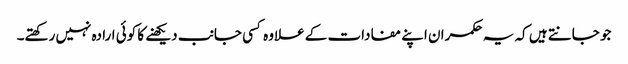
جو جانتے ہیں کہ یہ حکمران اپنے مفادات کے علاوہ کسی جانب دیکھنے کا کوئی ارادہ نہیں رکھتے۔